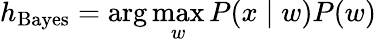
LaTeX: h_{\mathrm{Bayes}}=\arg\operatorname*{max}_{w}P(x\mid w)P(w)